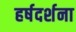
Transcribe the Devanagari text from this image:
हर्षदर्शना